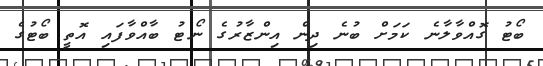
ބޯޓު ގޮއްވާލާނެ ކަމަށް ބުނެ ދިން އިންޒާރުގެ ނޯޓު ބާއްވާފައި އޮތީ ބޯޓުގެ